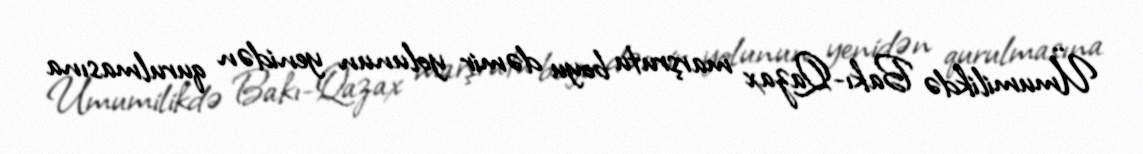
Ümumilikdə Bakı-Qazax marşrutu boyu dəmir yolunun yenidən qurulmasına